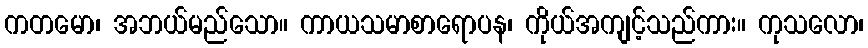
ကတမော၊ အဘယ်မည်သော။ ကာယသမာစာရောပန၊ ကိုယ်အကျင့်သည်ကား။ ကုသလော၊